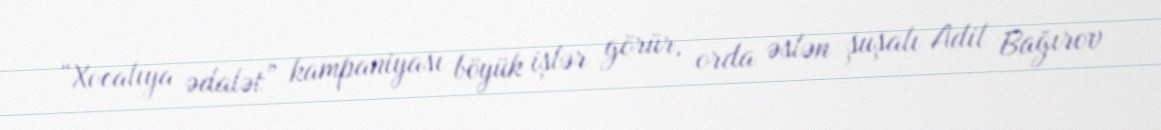
“Xocalıya ədalət” kampaniyası böyük işlər görür, orda əslən şuşalı Adil Bağırov